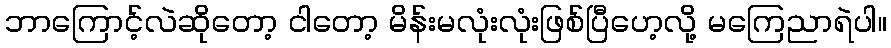
ဘာကြောင့်လဲဆိုတော့ ငါတော့ မိန်းမလုံးလုံးဖြစ်ပြီဟေ့လို့ မကြေညာရဲပါ။